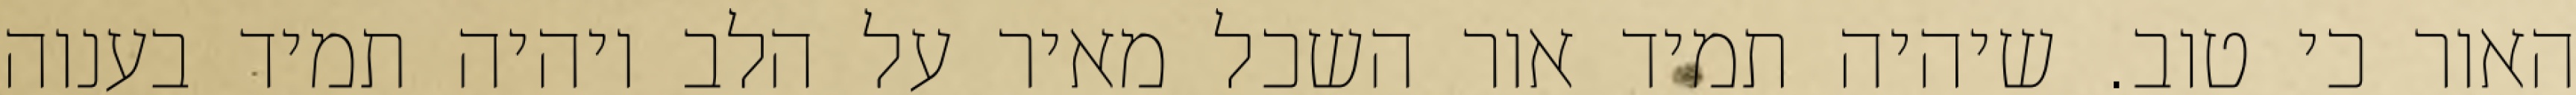
האור כי טוב. שיהיה תמיד אור השכל מאיר על הלב ויהיה תמיד בענוה